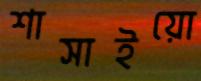
শাসাইয়ো